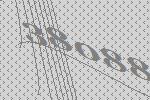
38088